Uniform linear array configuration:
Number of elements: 12
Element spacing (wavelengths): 0.25
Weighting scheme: binomial
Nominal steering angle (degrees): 60
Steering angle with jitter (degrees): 59.234
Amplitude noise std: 0.05
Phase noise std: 0.05

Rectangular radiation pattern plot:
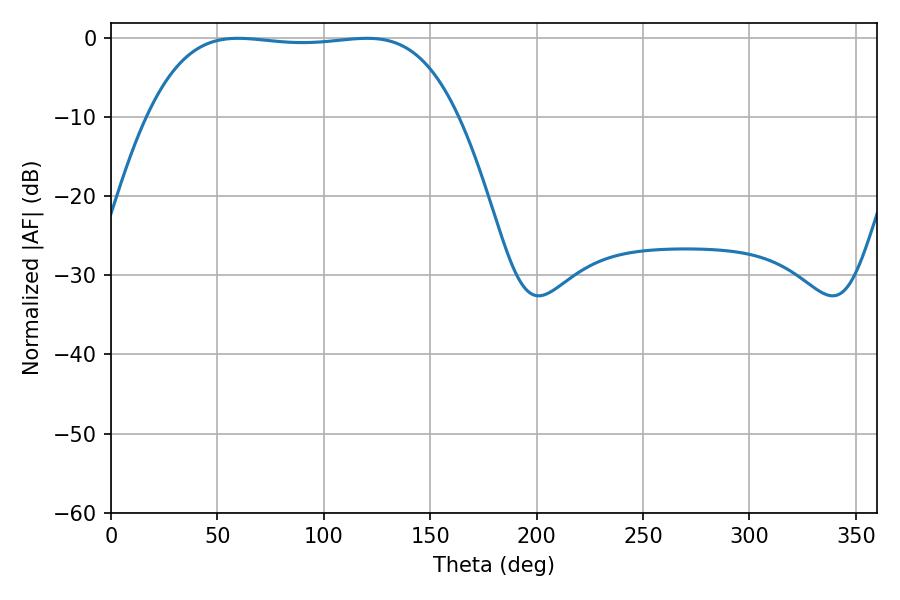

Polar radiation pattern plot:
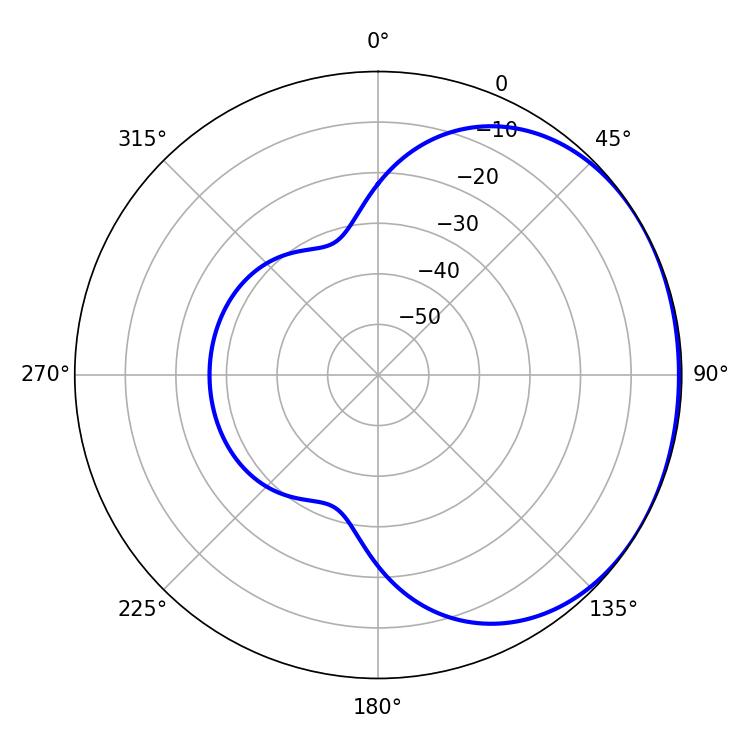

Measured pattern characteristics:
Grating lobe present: FALSE
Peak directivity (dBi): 1.011
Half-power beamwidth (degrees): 114.12
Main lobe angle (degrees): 59.76